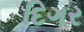
દિગર